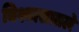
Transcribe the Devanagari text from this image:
विश्वासातले